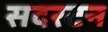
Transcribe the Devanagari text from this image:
सदरटन